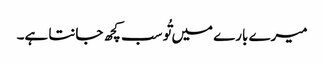
میرے بارے میں تُو سب کچھ جانتا ہے۔